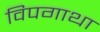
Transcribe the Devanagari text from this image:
विपगाथा